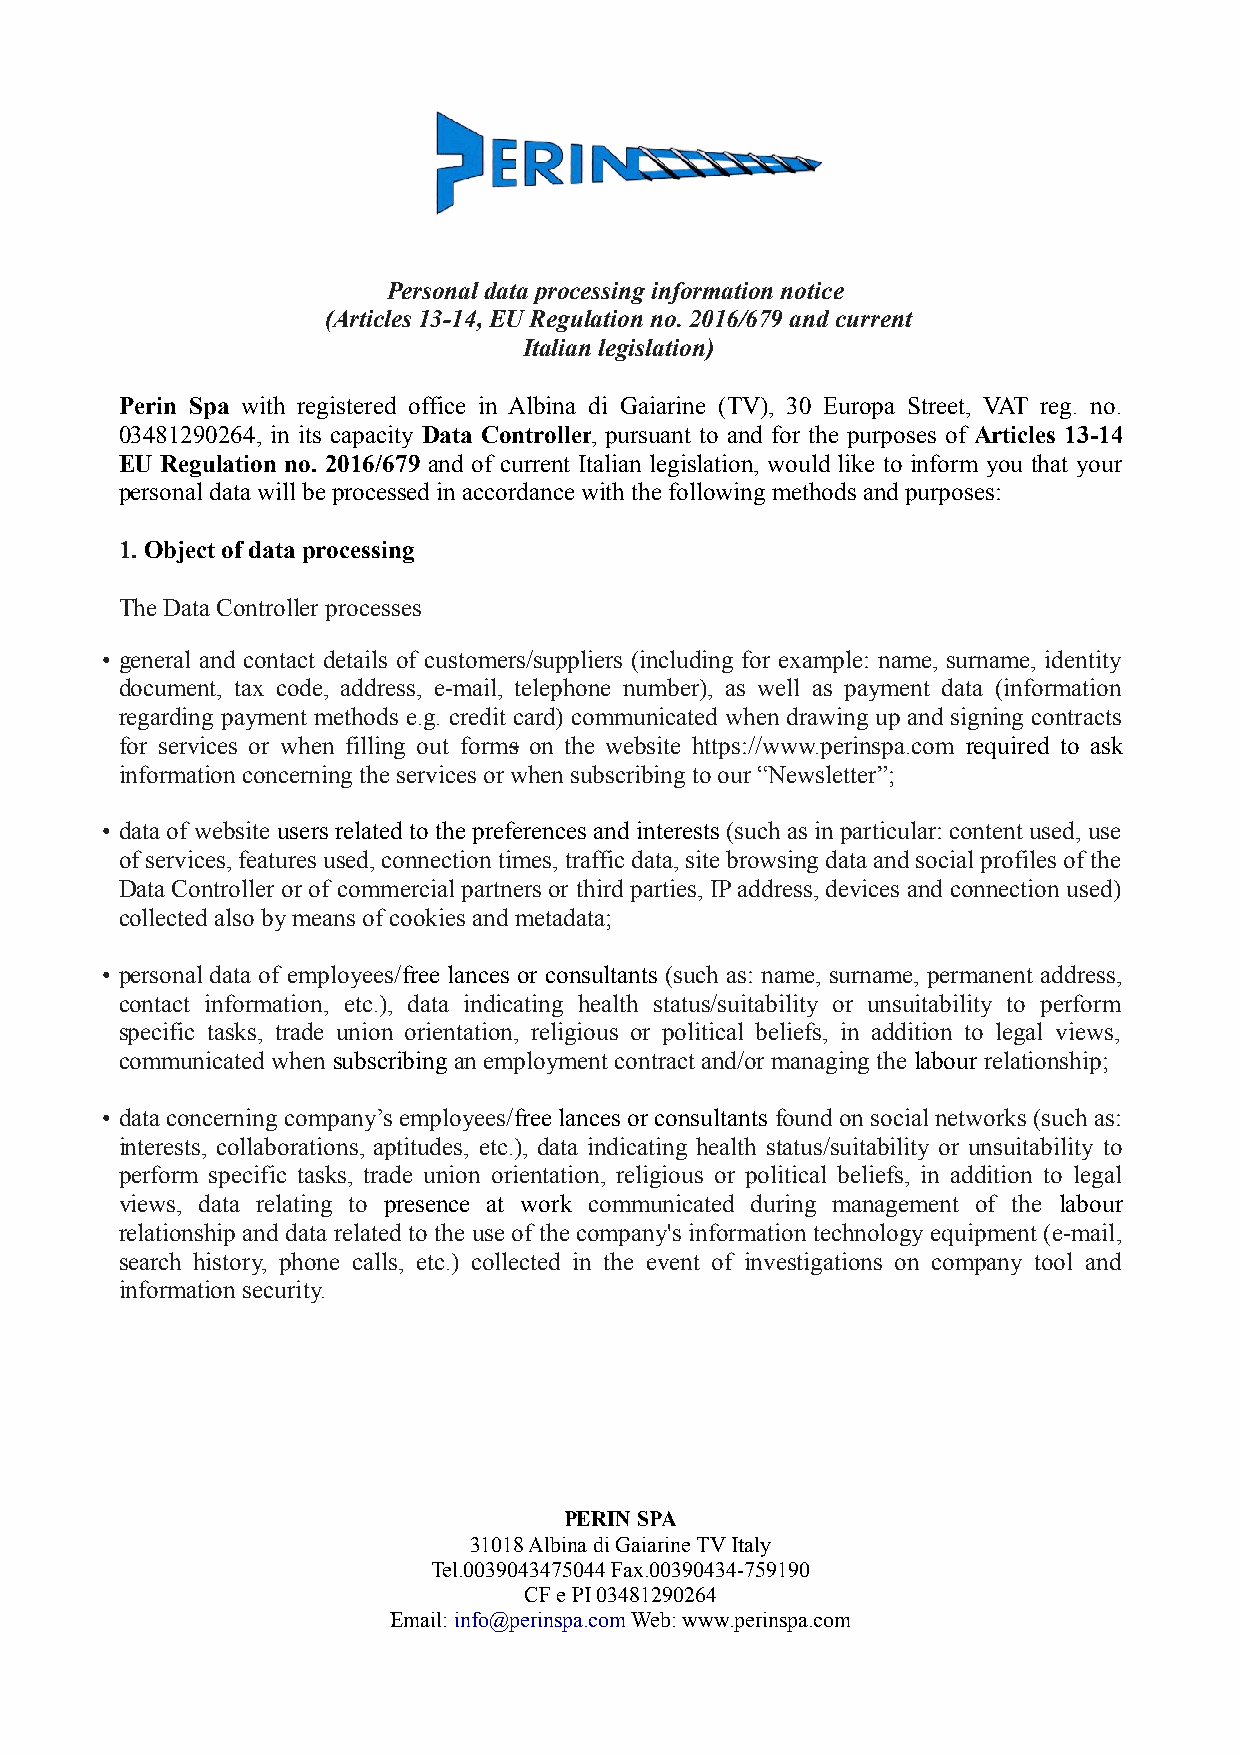
Personal data processing information notice
 (Articles 13-14, EU Regulation no. 2016/679 and current
 Italian legislation)
 Perin Spa with registered office in Albina di Gaiarine (TV), 30 Europa Street, VAT reg. no.
 03481290264, in its capacity Data Controller, pursuant to and for the purposes of Articles 13-14
 EU Regulation no. 2016/679 and of current Italian legislation, would like to inform you that your
 personal data will be processed in accordance with the following methods and purposes:
 1.Object of data processing
 The Data Controller processes
 • general and contact details of customers/suppliers (including for example: name, surname, identity
 document, tax code, address, e-mail, telephone number), as well as payment data (information
 regarding payment methods e.g. credit card) communicated when drawing up and signing contracts
 for services or when filling out forms on the website https://www.perinspa.com required to ask
 information concerning the services or when subscribing to our “Newsletter”;
 • data of website users related to the preferences and interests (such as in particular: content used, use
 of services, features used, connection times, traffic data, site browsing data and social profiles of the
 Data Controller or of commercial partners or third parties, IP address, devices and connection used)
 collected also by means of cookies and metadata;
 • personal data of employees/free lances or consultants (such as: name, surname, permanent address,
 contact information, etc.), data indicating health status/suitability or unsuitability to perform
 specific tasks, trade union orientation, religious or political beliefs, in addition to legal views,
 communicated when subscribing an employment contract and/or managing the labour relationship;
 • data concerning company’s employees/free lances or consultants found on social networks (such as:
 interests, collaborations, aptitudes, etc.), data indicating health status/suitability or unsuitability to
 perform specific tasks, trade union orientation, religious or political beliefs, in addition to legal
 views, data relating to presence at work communicated during management of the labour
 relationship and data related to the use of the company's information technology equipment (e-mail,
 search history, phone calls, etc.) collected in the event of investigations on company tool and
 information security.
 PERIN SPA
 31018 Albina di Gaiarine TV Italy
 Tel.0039043475044 Fax.00390434-759190
 CF e PI 03481290264
 Email: info@perinspa.com Web: www.perinspa.com